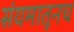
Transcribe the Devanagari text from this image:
संयमातूनच